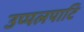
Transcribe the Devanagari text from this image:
उप्पलपाटि